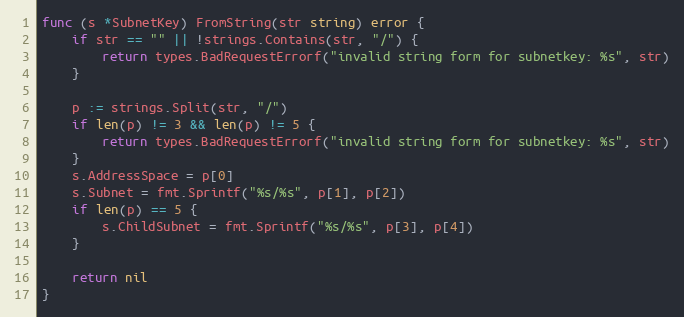
Language: Go
func (s *SubnetKey) FromString(str string) error {
	if str == "" || !strings.Contains(str, "/") {
		return types.BadRequestErrorf("invalid string form for subnetkey: %s", str)
	}

	p := strings.Split(str, "/")
	if len(p) != 3 && len(p) != 5 {
		return types.BadRequestErrorf("invalid string form for subnetkey: %s", str)
	}
	s.AddressSpace = p[0]
	s.Subnet = fmt.Sprintf("%s/%s", p[1], p[2])
	if len(p) == 5 {
		s.ChildSubnet = fmt.Sprintf("%s/%s", p[3], p[4])
	}

	return nil
}